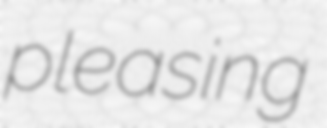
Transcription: pleasing